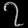
Digit: ၇